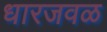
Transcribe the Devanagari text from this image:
धारजवळ